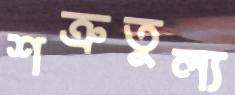
শত্রুতুল্য